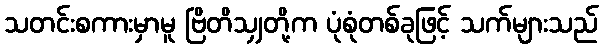
သတင်းစကားမှာမူ ဗြိတိသျှတို့က ပုံစုံတစ်ခုဖြင့် သက်များသည်